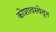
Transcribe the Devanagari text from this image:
कोशावस्थेतून